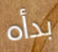
بدأه